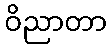
ဝိညာတာ